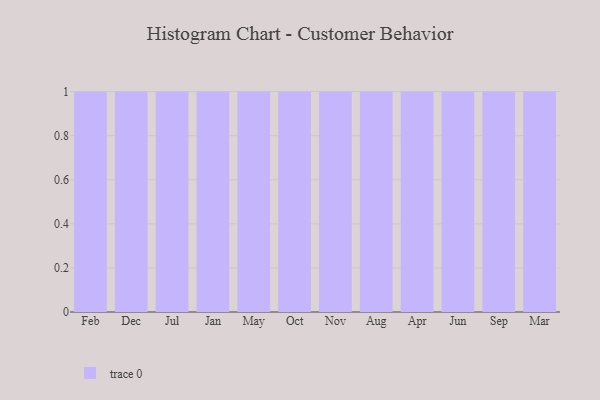
{"axis": {"x": "Month", "y": "Tickets Resolved"}, "legend": [""], "data": [{"x": "Feb", "y": 59, "type": ""}, {"x": "Dec", "y": 5, "type": ""}, {"x": "Jul", "y": 41, "type": ""}, {"x": "Jan", "y": 81, "type": ""}, {"x": "May", "y": 1, "type": ""}, {"x": "Oct", "y": 62, "type": ""}, {"x": "Nov", "y": 32, "type": ""}, {"x": "Aug", "y": 88, "type": ""}, {"x": "Apr", "y": 85, "type": ""}, {"x": "Jun", "y": 20, "type": ""}, {"x": "Sep", "y": 56, "type": ""}, {"x": "Mar", "y": 68, "type": ""}]}